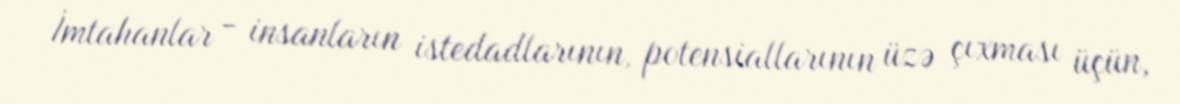
İmtahanlar - insanların istedadlarının, potensiallarının üzə çıxması üçün,